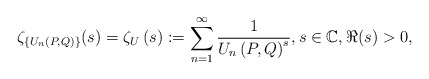
\begin{align*} \zeta_{\{U_n(P,Q)\}}(s)=\zeta _{U}\left( s\right) :=\sum_{n=1}^{\infty }\frac{1}{U_{n}\left(P,Q\right) ^{s}}, s\in \mathbb{C}, \Re(s) >0,\end{align*}